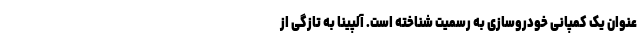
عنوان یک کمپانی خودروسازی به رسمیت شناخته است. آلپینا به تازگی از